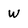
Character: W